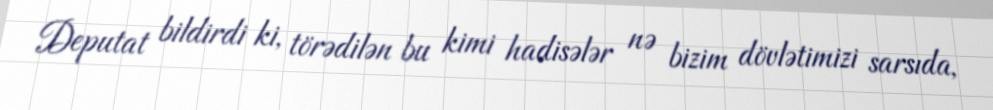
Deputat bildirdi ki, törədilən bu kimi hadisələr nə bizim dövlətimizi sarsıda,